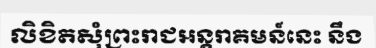
លិខិតសុំព្រះរាជអន្តរាគមន៍នេះ នឹង